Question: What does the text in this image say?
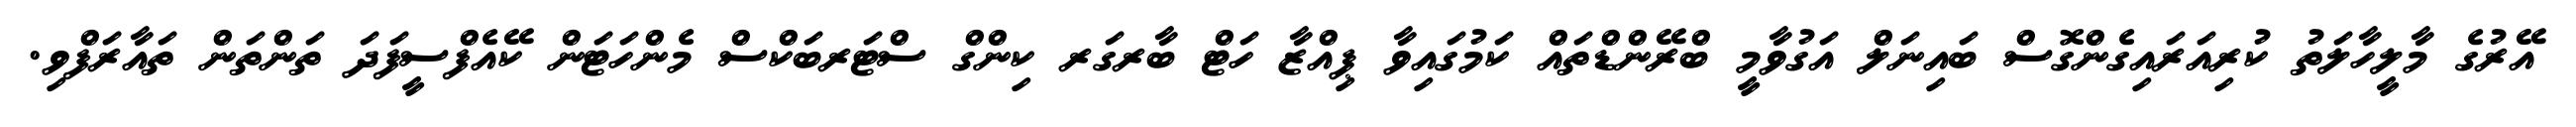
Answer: އޭރުގެ މާލީހާލަތު ކުރިއަރައިގެންގޮސް ބައިނަލް އަގުވާމީ ބްރޭންޑްތައް ކަމުގައިވާ ޕިއްޒާ ހަޓް ބާރގަރ ކިންގް ސްޓަރބަކްސް މެންހަޓަން ކޭއެފްސީފަދަ ތަންތަން ތައާރަފްވި.